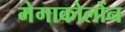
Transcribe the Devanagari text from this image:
मेगाकोलोंन